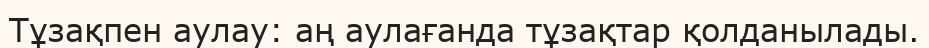
Тұзақпен аулау: аң аулағанда тұзақтар қолданылады.